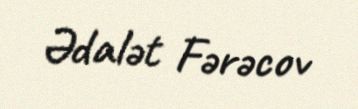
Ədalət Fərəcov